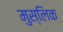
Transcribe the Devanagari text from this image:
मुस्लिक